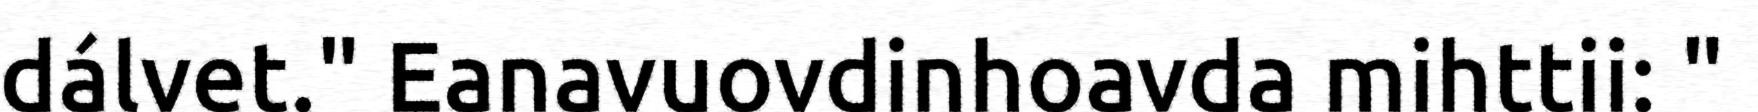
dálvet." Eanavuovdinhoavda mihttii: "